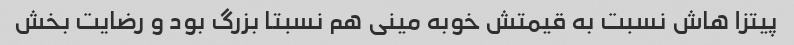
پیتزا هاش نسبت به قیمتش خوبه مینی هم نسبتا بزرگ بود و رضایت بخش